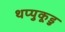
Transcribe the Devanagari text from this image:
थप्पुकूडु